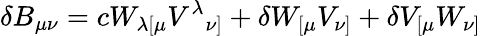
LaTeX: \delta B_{\mu\nu}=cW_{\lambda[\mu}V^{\lambda}{}_{\nu]}+\delta W_{[\mu}V_{\nu]}+\delta V_{[\mu}W_{\nu]}